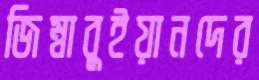
জিম্বাবুইয়ানদের